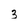
Character: 3